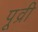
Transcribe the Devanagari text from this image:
पूव्री